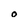
Character: o